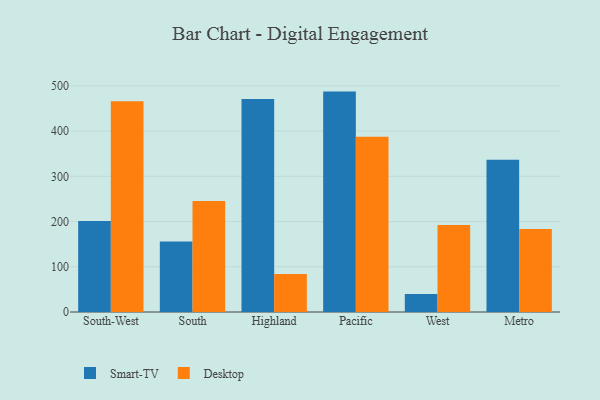
{"axis": {"x": "Region", "y": "Active Users"}, "legend": ["Desktop", "Smart-TV"], "data": [{"x": "South-West", "y": 201.0, "type": "Smart-TV"}, {"x": "South-West", "y": 465.7, "type": "Desktop"}, {"x": "South", "y": 155.7, "type": "Smart-TV"}, {"x": "South", "y": 245.3, "type": "Desktop"}, {"x": "Highland", "y": 471.0, "type": "Smart-TV"}, {"x": "Highland", "y": 83.8, "type": "Desktop"}, {"x": "Pacific", "y": 487.3, "type": "Smart-TV"}, {"x": "Pacific", "y": 387.7, "type": "Desktop"}, {"x": "West", "y": 39.7, "type": "Smart-TV"}, {"x": "West", "y": 192.5, "type": "Desktop"}, {"x": "Metro", "y": 336.5, "type": "Smart-TV"}, {"x": "Metro", "y": 183.4, "type": "Desktop"}]}